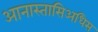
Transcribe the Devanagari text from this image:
आनास्तासिअधिस